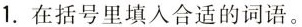
1. 在括号里填入合适的词语。